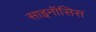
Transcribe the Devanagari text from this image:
साइनॉसिस